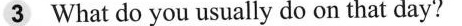
3 What do you usually do on that day?